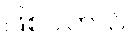
ဖြစ်ပါတယ်။